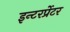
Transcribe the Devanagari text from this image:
इन्टरर्प्रेटर